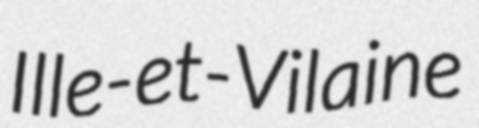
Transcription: Ille-et-Vilaine